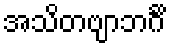
အသိတဗျာဘင်္ဂိ